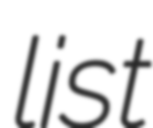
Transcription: list